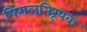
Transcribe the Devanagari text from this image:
पिंगलनिरूपक